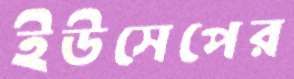
ইউসেপের